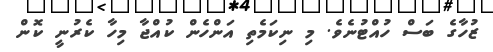
ޒުހާގެ ބަސް ހުއްޓުނެވެ. މި ނިކަމެތި އަންހެން ކުއްޖާ މިހާ ކެރުނީ ކޮން